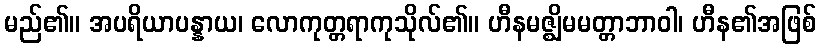
မည်၏။ အပရိယာပန္နာယ၊ လောကုတ္တရာကုသိုလ်၏။ ဟီနမဇ္ဈိမမတ္တာဘာဝါ၊ ဟီန၏အဖြစ်